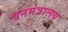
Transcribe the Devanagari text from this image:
वनमंत्रालय